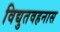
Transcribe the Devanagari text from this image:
विद्युतवहनास